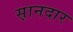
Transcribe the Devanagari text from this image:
स़ानदार